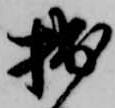
拙